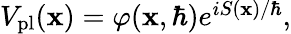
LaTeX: \begin{array}{r}{V_{\mathrm{pl}}(\mathbf{x})=\varphi(\mathbf{x},\hbar)e^{iS(\mathbf{x})/\hbar},}\end{array}